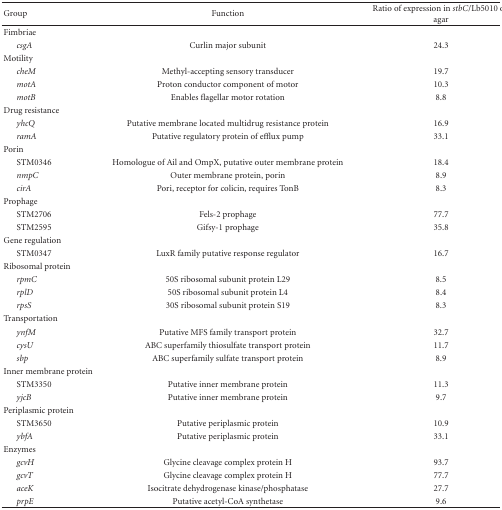
<table><thead><tr><td><b>Group</b></td><td><b>Function</b></td><td><b>Ratio of expression in <i>stbC</i>/Lb5010 on agar</b></td></tr></thead><tbody><tr><td>Fimbriae</td><td></td><td></td></tr><tr><td><i> csgA</i></td><td>Curlin major subunit</td><td>24.3</td></tr><tr><td>Motility</td><td></td><td></td></tr><tr><td><i> cheM</i></td><td>Methyl-accepting sensory transducer</td><td>19.7</td></tr><tr><td><i> motA</i></td><td>Proton conductor component of motor</td><td>10.3</td></tr><tr><td><i> motB</i></td><td>Enables flagellar motor rotation</td><td>8.8</td></tr><tr><td>Drug resistance</td><td></td><td></td></tr><tr><td><i> yhcQ</i></td><td>Putative membrane located multidrug resistance protein</td><td>16.9</td></tr><tr><td><i> ramA</i></td><td>Putative regulatory protein of efflux pump</td><td>33.1</td></tr><tr><td>Porin</td><td></td><td></td></tr><tr><td> STM0346</td><td>Homologue of Ail and OmpX, putative outer membrane protein</td><td>18.4</td></tr><tr><td><i> nmpC</i></td><td>Outer membrane protein, porin</td><td>8.9</td></tr><tr><td><i> cirA</i></td><td>Pori, receptor for colicin, requires TonB</td><td>8.3</td></tr><tr><td>Prophage</td><td></td><td></td></tr><tr><td> STM2706</td><td>Fels-2 prophage</td><td>77.7</td></tr><tr><td> STM2595</td><td>Gifsy-1 prophage</td><td>35.8</td></tr><tr><td>Gene regulation</td><td></td><td></td></tr><tr><td> STM0347</td><td>LuxR family putative response regulator</td><td>16.7</td></tr><tr><td>Ribosomal protein</td><td></td><td></td></tr><tr><td><i> rpmC</i></td><td>50S ribosomal subunit protein L29</td><td>8.5</td></tr><tr><td><i> rplD</i></td><td>50S ribosomal subunit protein L4</td><td>8.4</td></tr><tr><td><i> rpsS</i></td><td>30S ribosomal subunit protein S19</td><td>8.3</td></tr><tr><td>Transportation</td><td></td><td></td></tr><tr><td><i> ynfM</i></td><td>Putative MFS family transport protein</td><td>32.7</td></tr><tr><td><i> cysU</i></td><td>ABC superfamily thiosulfate transport protein</td><td>11.7</td></tr><tr><td><i> sbp</i></td><td>ABC superfamily sulfate transport protein</td><td>8.9</td></tr><tr><td>Inner membrane protein</td><td></td><td></td></tr><tr><td> STM3350</td><td>Putative inner membrane protein</td><td>11.3</td></tr><tr><td><i> yjcB</i></td><td>Putative inner membrane protein</td><td>9.7</td></tr><tr><td>Periplasmic protein</td><td></td><td></td></tr><tr><td> STM3650</td><td>Putative periplasmic protein</td><td>10.9</td></tr><tr><td><i> ybfA</i></td><td>Putative periplasmic protein</td><td>33.1</td></tr><tr><td>Enzymes</td><td></td><td></td></tr><tr><td><i> gcvH</i></td><td>Glycine cleavage complex protein H</td><td>93.7</td></tr><tr><td><i> gcvT</i></td><td>Glycine cleavage complex protein H</td><td>77.7</td></tr><tr><td><i> aceK</i></td><td>Isocitrate dehydrogenase kinase/phosphatase</td><td>27.7</td></tr><tr><td><i> prpE</i></td><td>Putative acetyl-CoA synthetase</td><td>9.6</td></tr></tbody></table>